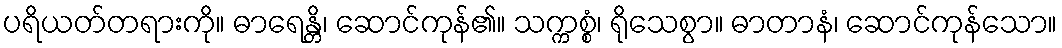
ပရိယတ်တရားကို။ ဓာရေန္တိ၊ ဆောင်ကုန်၏။ သက္ကစ္စံ၊ ရိုသေစွာ။ ဓာတာနံ၊ ဆောင်ကုန်သော။